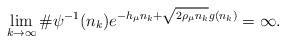
LaTeX: \begin{align*}\lim_{k\to\infty}\#\psi^{-1}(n_k)e^{-h_\mu n_k+\sqrt{2\rho_\mu n_k} g(n_k)}=\infty.\end{align*}